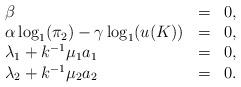
LaTeX: \begin{align*}\begin{array}{lcl}\beta &=& 0, \\ \alpha \log_1(\pi_2) - \gamma \log_1(u(K)) &=&0,\\ \lambda_1+k^{-1}\mu_1 a_1 &=& 0 ,\\\lambda_2 +k^{-1}\mu_2 a_2 &=&0.\end{array}\end{align*}